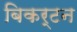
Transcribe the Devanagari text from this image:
बिकर्टन